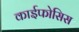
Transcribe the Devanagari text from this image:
काईफोसिस